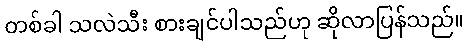
တစ်ခါ သလဲသီး စားချင်ပါသည်ဟု ဆိုလာပြန်သည်။